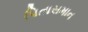
પિતાસમાન